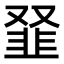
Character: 𩐂